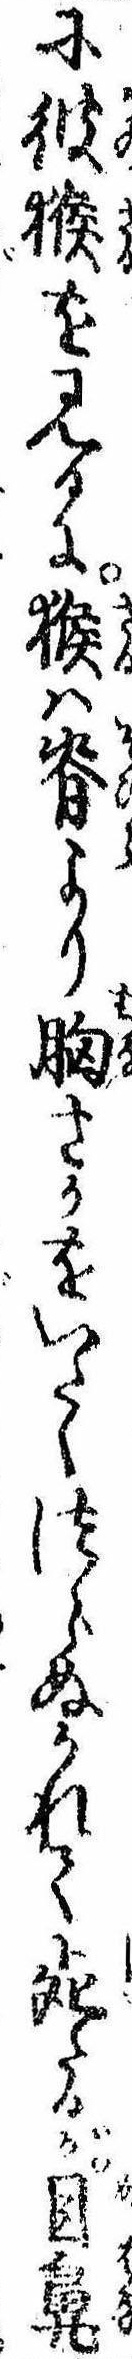
に彼猴を見るに猴は脊より胸さかをいたくつらぬかれて死たるが目鼻